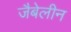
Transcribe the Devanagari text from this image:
जैबेलीन